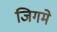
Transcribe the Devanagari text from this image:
जिगमे